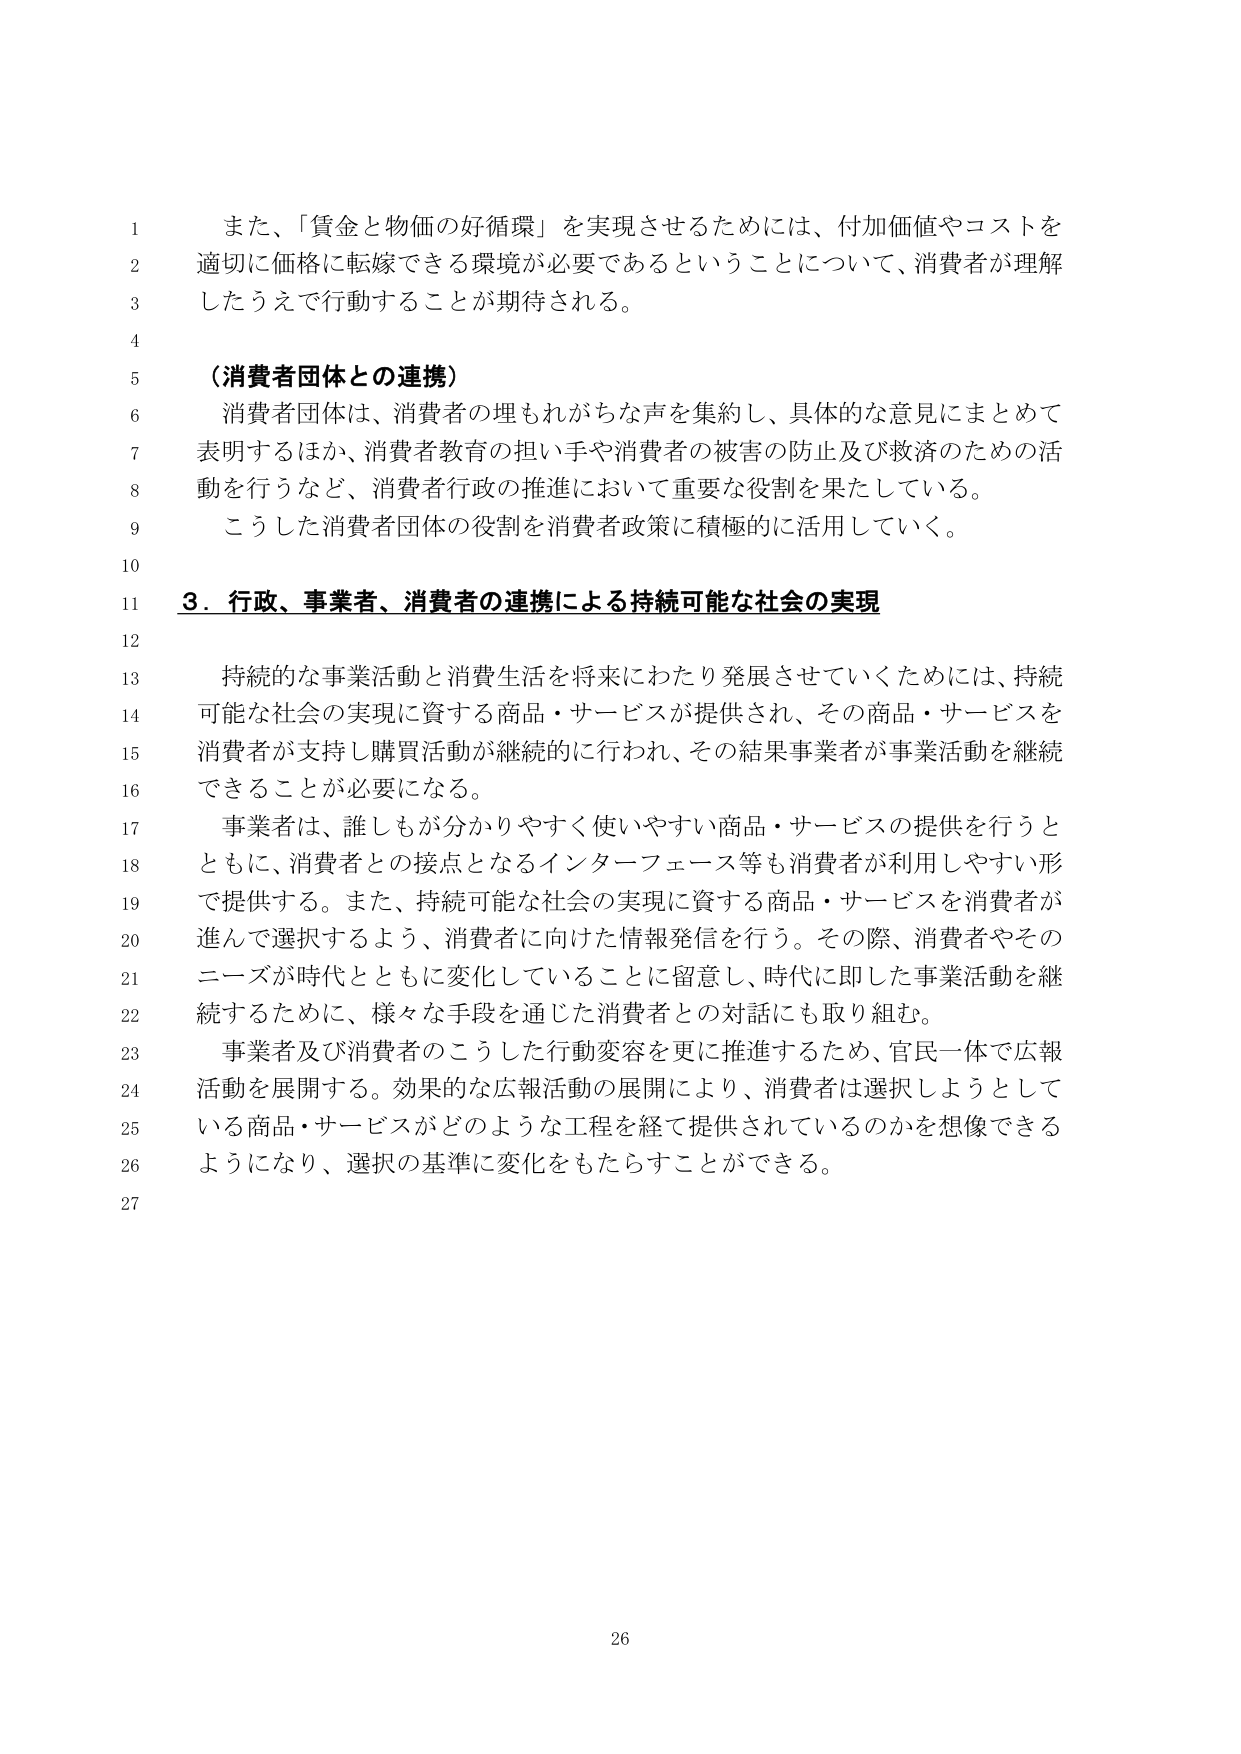
また、「賃金と物価の好循環」を実現させるためには、付加価値やコストを適切に価格に転嫁できる環境が必要であるということについて、消費者が理解したうえで行動することが期待される。

（消費者団体との連携）
消費者団体は、消費者の埋もれがちな声を集約し、具体的な意見にまとめて表明するほか、消費者教育の担い手や消費者の被害の防止及び救済のための活動を行うなど、消費者行政の推進において重要な役割を果たしている。
こうした消費者団体の役割を消費者政策に積極的に活用していく。

３．行政、事業者、消費者の連携による持続可能な社会の実現

持続的な事業活動と消費生活を将来にわたり発展させていくためには、持続可能な社会の実現に資する商品・サービスが提供され、その商品・サービスを消費者が支持し購買活動が継続的に行われ、その結果事業者が事業活動を継続できることが必要になる。
事業者は、誰しもが分かりやすく使いやすい商品・サービスの提供を行うとともに、消費者との接点となるインターフェース等も消費者が利用しやすい形で提供する。また、持続可能な社会の実現に資する商品・サービスを消費者が進んで選択するよう、消費者に向けた情報発信を行う。その際、消費者やそのニーズが時代とともに変化していることに留意し、時代に即した事業活動を継続するために、様々な手段を通じた消費者との対話にも取り組む。
事業者及び消費者のこうした行動変容を更に推進するため、官民一体で広報活動を展開する。効果的な広報活動の展開により、消費者は選択しようとしている商品・サービスがどのような工程を経て提供されているのかを想像できるようになり、選択の基準に変化をもたらすことができる。

26